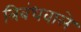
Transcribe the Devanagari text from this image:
त्रिबंधवाले